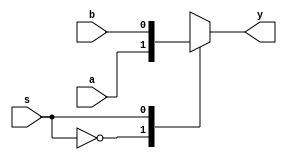
module mux2to2 (a,b,s,y);

input a,b,s;
output y;
always@* 
begin
case(s)

0 : y<=a;
1 : y<=b;
endcase
end
endmodule